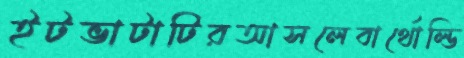
ইটভাটাটিরআসলেবার্থোল্ডি